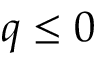
q \leq 0